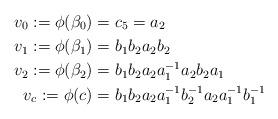
LaTeX: \begin{align*}v_{0}:= \phi(\beta_{0}) &= c_{5} = a_{2} \\v_{1}:= \phi(\beta_{1}) &= b_{1}b_{2}a_{2}b_{2} \\v_{2}:= \phi(\beta_{2}) &= b_{1}b_{2}a_{2}a_{1}^{-1}a_{2}b_{2}a_{1} \\v_{c}:= \phi(c) &= b_{1}b_{2}a_{2}a_{1}^{-1}b_{2}^{-1}a_{2}a_{1}^{-1}b_{1}^{-1} \end{align*}